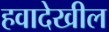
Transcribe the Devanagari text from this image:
हवादेखील